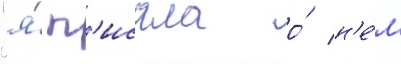
"я́ п'исала о́ н'е́м